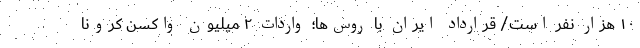
۱۰ هزار نفر است/ قرارداد ایران با روس‌ها؛ واردات ۲ میلیون واکسن کرونا